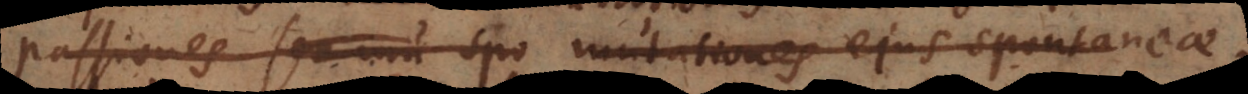
passiones seu mutationes ejus spontaneae;